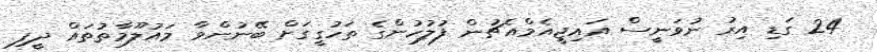
24 ގަޑި އިރު ނުވަނީސް އައިޖީއެމްއެޗުން ފުލުހުންގެ ތަހުގީގަށް ބޭނުންވާ މައުލޫމާތުތައް ދީފި